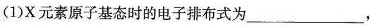
(1)X元素原子基态时的电子排布式为___，